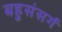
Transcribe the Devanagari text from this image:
बहुसंसर्ग